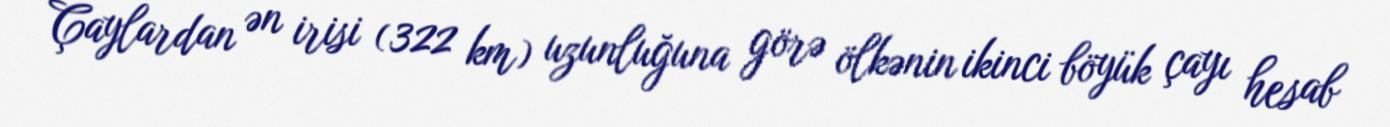
Çaylardan ən irisi (322 km) uzunluğuna görə ölkənin ikinci böyük çayı hesab